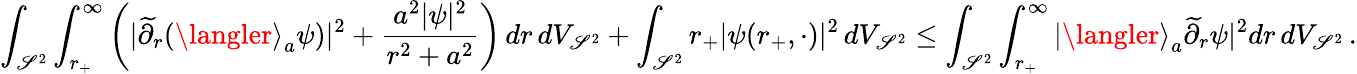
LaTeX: \int_{\mathscr{S}^{2}}\int_{r_{+}}^{\infty}\left(|\widetilde{{\partial}}_{r}({\langler\rangle}_{a}\psi)|^{2}+\frac{{a^{2}|\psi|^{2}}}{{r^{2}+a^{2}}}\right)\, dr\, dV_{\mathscr{S}^{2}}+\int_{\mathscr{S}^{2}}r_{+}|\psi(r_{+},\cdot)|^{2}\, dV_{\mathscr{S}^{2}}\leq\int_{\mathscr{S}^{2}}\int_{r_{+}}^{\infty}|{\langler\rangle}_{a}\widetilde{{\partial}}_{r}\psi|^{2}dr\, dV_{\mathscr{S}^{2}}\, .